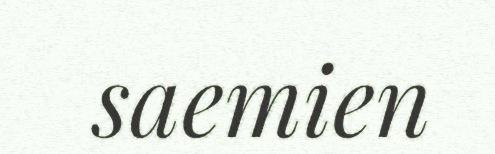
saemien